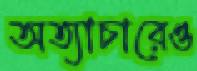
অত্যাচারেও